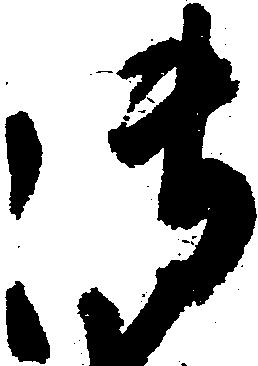
御